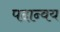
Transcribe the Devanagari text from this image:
पदान्वय